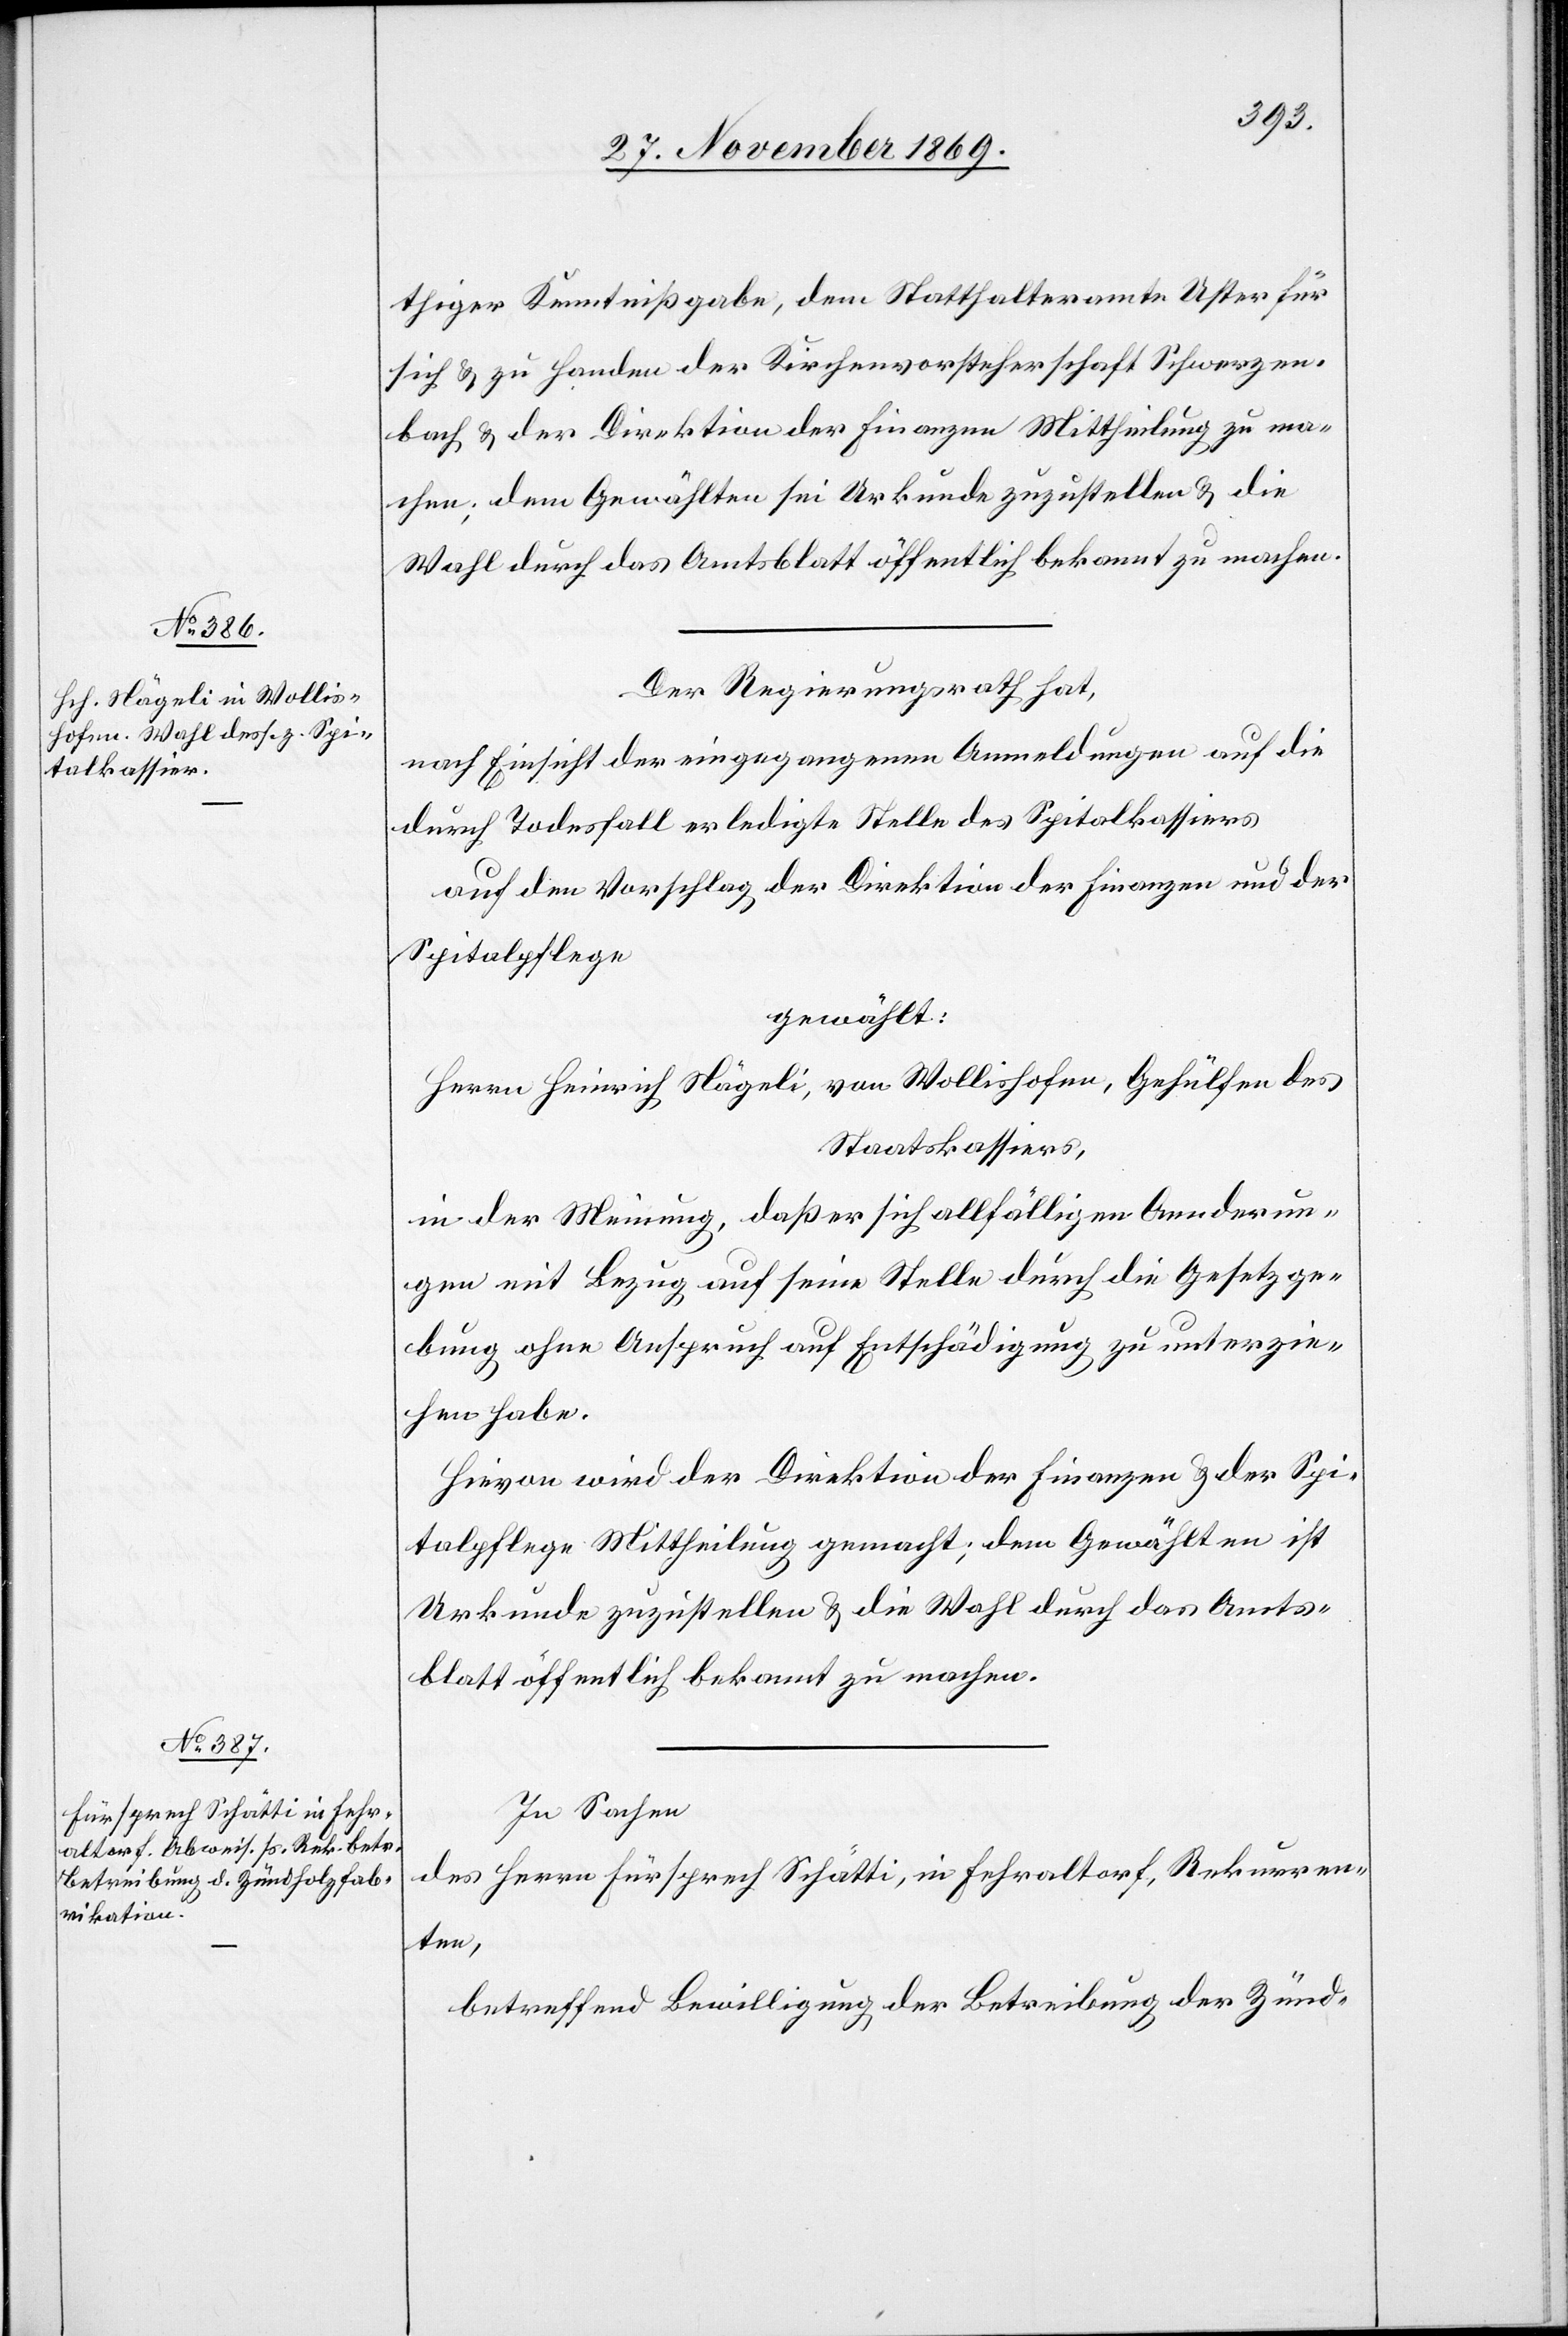
thiger Kenntnißgabe, dem Statthalteramte Uster für
sich & zu Handen der Kirchenvorsteherschaft Schwerzen¬
bach & der Direktion der Finanzen Mittheilung zu ma¬
chen; dem Gewählten sei Urkunde zuzustellen & die
Wahl durch das Amtsblatt öffentlich bekannt zu machen.
Der Regierungsrath hat,
nach Einsicht der eingegangenen Anmeldungen auf die
durch Todesfall erledigte Stelle des Spitalkassiers
auf den Vorschlag der Direktion der Finanzen und der
Spitalpflege
gewählt:
Herrn Heinrich Nägeli, von Wollishofen, Gehülfen des
Staatskassiers,
in der Meinung, daß er sich allfälligen Aenderun¬
gen mit Bezug auf seine Stelle durch die Gesetzge¬
bung ohne Anspruch auf Entschädigung zu unterzie¬
hen habe.
Hievon wird der Direktion der Finanzen & der Spi¬
talpflege Mittheilung gemacht; dem Gewählten ist
Urkunde zuzustellen & die Wahl durch das Amts¬
blatt öffentlich bekannt zu machen.
In Sachen
des Herrn Fürsprech Schätti, in Fehraltorf, Rekurren¬
ten,
betreffend Bewilligung der Betreibung der Zünd-